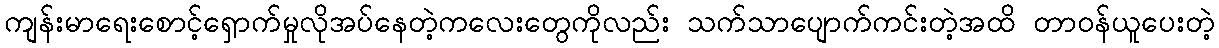
ကျန်းမာရေးစောင့်ရှောက်မှုလိုအပ်နေတဲ့ကလေးတွေကိုလည်း သက်သာပျောက်ကင်းတဲ့အထိ တာဝန်ယူပေးတဲ့